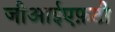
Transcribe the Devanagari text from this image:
जीआईएफ़टी